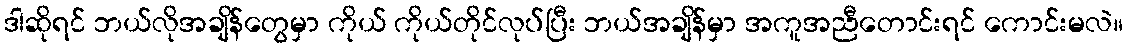
ဒါဆိုရင် ဘယ်လိုအချိန်တွေမှာ ကိုယ် ကိုယ်တိုင်လုပ်ပြီး ဘယ်အချိန်မှာ အကူအညီတောင်းရင် ကောင်းမလဲ။